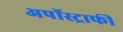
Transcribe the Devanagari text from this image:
अपॉस्ट्राफी